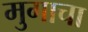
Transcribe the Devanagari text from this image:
मुगाचा